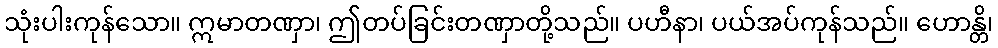
သုံးပါးကုန်သော။ ဣမာတဏှာ၊ ဤတပ်ခြင်းတဏှာတို့သည်။ ပဟီနာ၊ ပယ်အပ်ကုန်သည်။ ဟောန္တိ၊